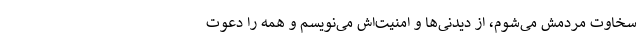
سخاوت مردمش می‌شوم، از دیدنی‌ها و امنیت‌اش می‌نویسم و همه را دعوت